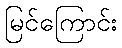
မြင်ကြောင်း